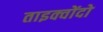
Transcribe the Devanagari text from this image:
ताइक्वोंदो